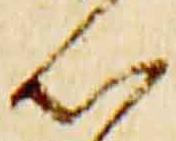
知